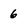
Character: 6